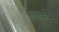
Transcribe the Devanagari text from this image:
चखैं।